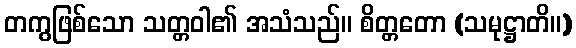
တကွဖြစ်သော သတ္တဝါ၏ အသံသည်။ စိတ္တတော (သမုဋ္ဌာတိ။)